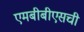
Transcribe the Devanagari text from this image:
एमबीबीएसची